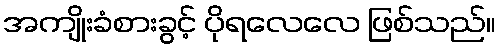
အကျိုးခံစားခွင့် ပိုရလေလေ ဖြစ်သည်။